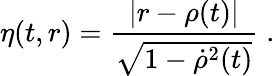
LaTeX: \eta(t,r)=\frac{|r-\rho(t)|}{\sqrt{1-{\dot{\rho}}^{2}(t)}}\; .